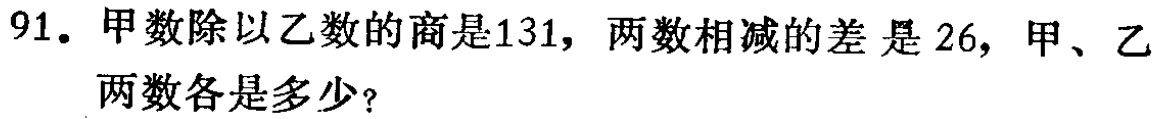
91. 甲数除以乙数的商是131，两数相减的差是26，甲、乙两数各是多少？